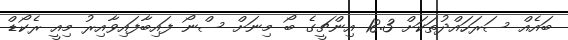
ބައެއް ސަރަހައްދުތަކަށް 18.3 އިންޗީގެ ބޯ މިނަށް ސްނޯ ފައިބާފައިވާއިރު މިއީ ރެކޯޑް